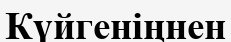
Күйгеніңнен